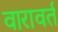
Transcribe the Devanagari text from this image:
वारावर्त